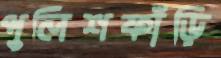
পুলিশফাঁড়ি